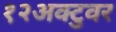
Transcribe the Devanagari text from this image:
१२अक्टुवर